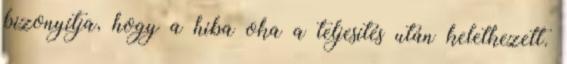
bizonyítja, hogy a hiba oka a teljesítés után keletkezett.